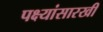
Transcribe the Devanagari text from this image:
पक्ष्यांसारखी